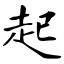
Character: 起